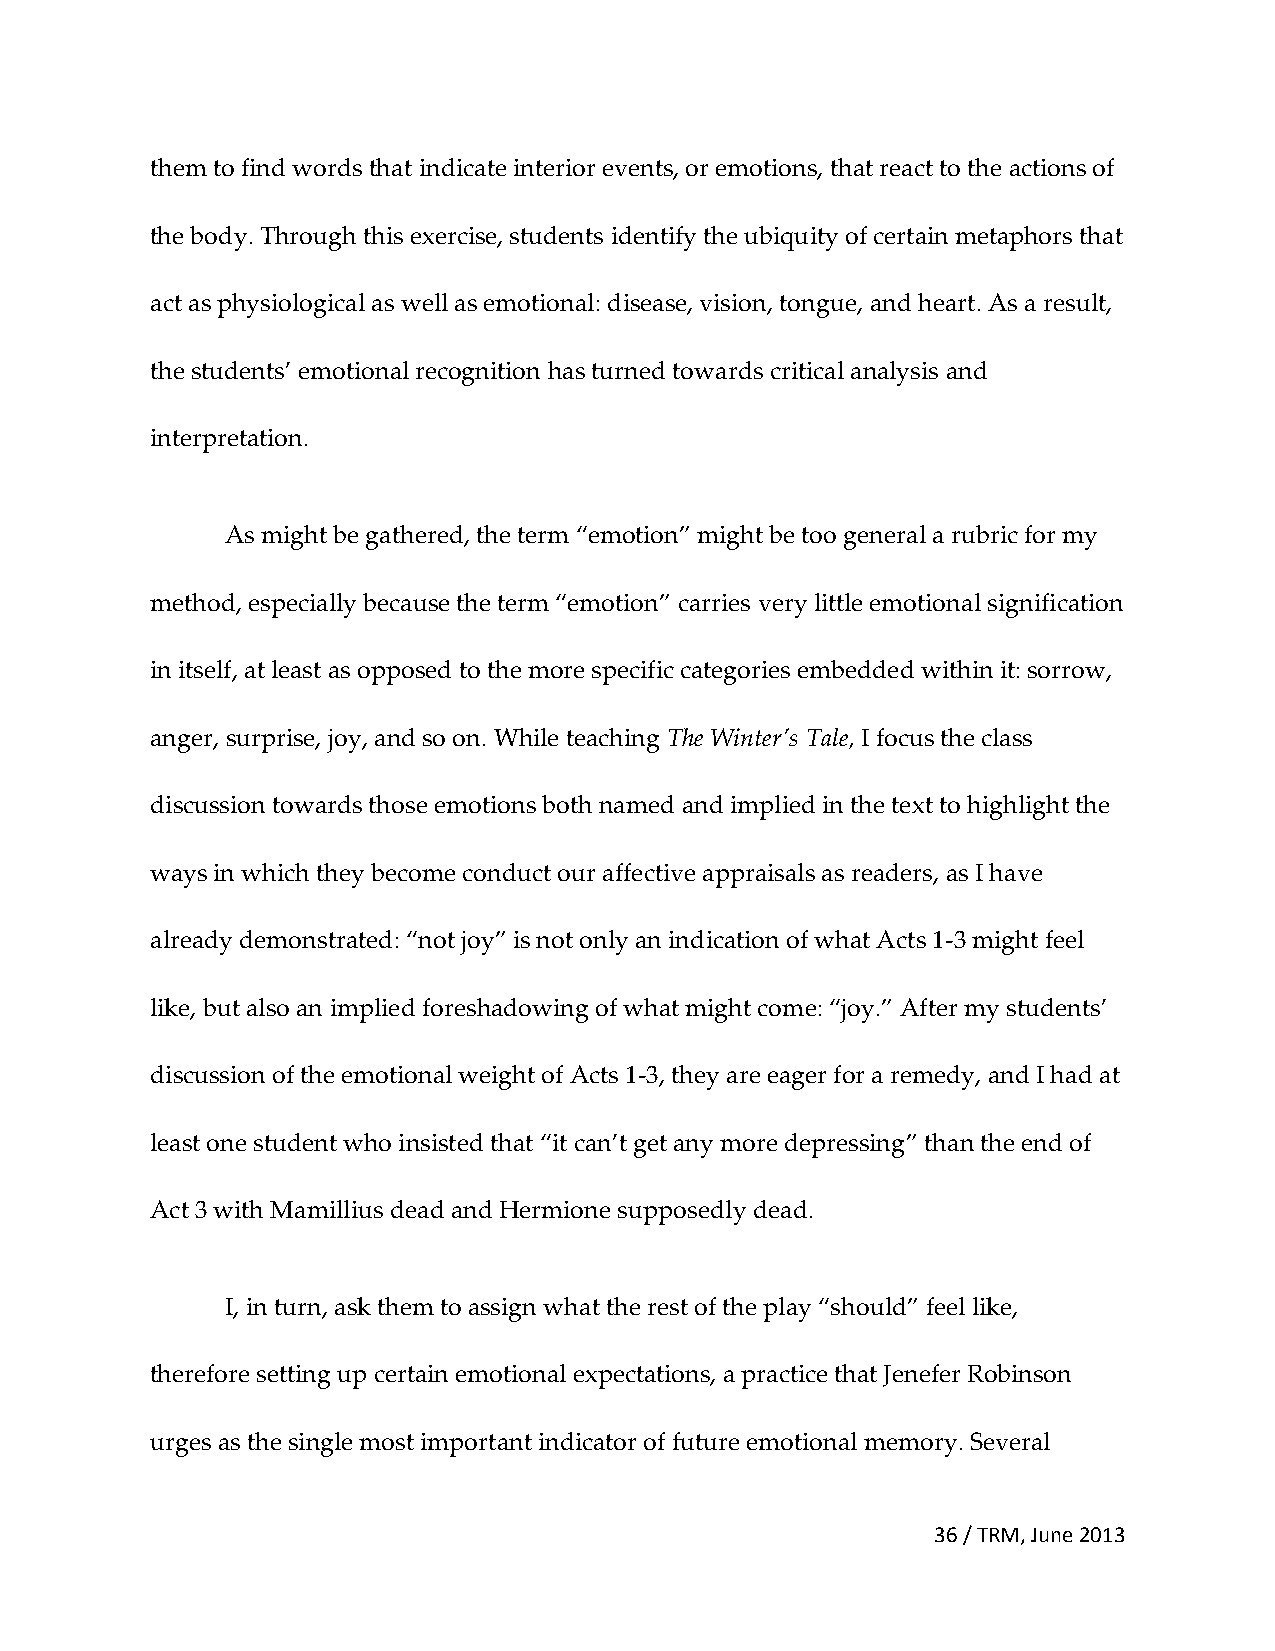
them to find words that indicate interior events, or emotions, that react to the actions of
 the body. Through this exercise, students identify the ubiquity of certain metaphors that
 act as physiological as well as emotional: disease, vision, tongue, and heart. As a result,
 the students’ emotional recognition has turned towards critical analysis and
 interpretation.
 As might be gathered, the term “emotion” might be too general a rubric for my
 method, especially because the term “emotion” carries very little emotional signification
 in itself, at least as opposed to the more specific categories embedded within it: sorrow,
 anger, surprise, joy, and so on. While teaching The Winter’s Tale, I focus the class
 discussion towards those emotions both named and implied in the text to highlight the
 ways in which they become conduct our affective appraisals as readers, as I have
 already demonstrated: “not joy” is not only an indication of what Acts 1-3 might feel
 like, but also an implied foreshadowing of what might come: “joy.” After my students’
 discussion of the emotional weight of Acts 1-3, they are eager for a remedy, and I had at
 least one student who insisted that “it can’t get any more depressing” than the end of
 Act 3 with Mamillius dead and Hermione supposedly dead.
 I, in turn, ask them to assign what the rest of the play “should” feel like,
 therefore setting up certain emotional expectations, a practice that Jenefer Robinson
 urges as the single most important indicator of future emotional memory. Several
 36 / TRM, June 2013